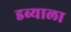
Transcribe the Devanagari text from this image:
डब्याला